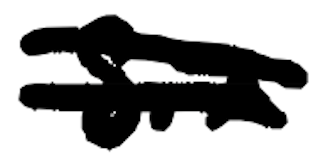
Text: six
Cross-out: double-line
Writing tool: digital_black